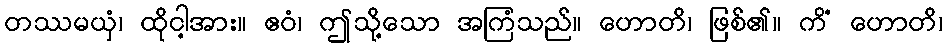
တဿမယှံ၊ ထိုငါ့အား။ ဧဝံ၊ ဤသို့သော အကြံသည်။ ဟောတိ၊ ဖြစ်၏။ ကိံ ဟောတိ၊